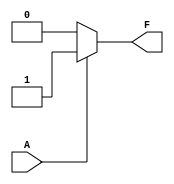
module single_variable_kmap (
    input wire A,         // 1-bit input
    output wire F        // Output based on K-map simplification
);

// Define the outputs for the K-map
parameter F0 = 1'b0;   // Output when A = 0
parameter F1 = 1'b1;   // Output when A = 1

// Combinational logic to determine output F based on input A
assign F = (A == 1'b0) ? F0 : F1;

endmodule